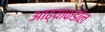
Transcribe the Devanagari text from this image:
आढ्याकडील